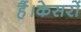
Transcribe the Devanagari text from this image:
हैं।केसरों